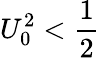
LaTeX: U_{0}^{2}<\frac{1}{2}